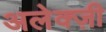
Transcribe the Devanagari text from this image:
अलेक्ज़ी